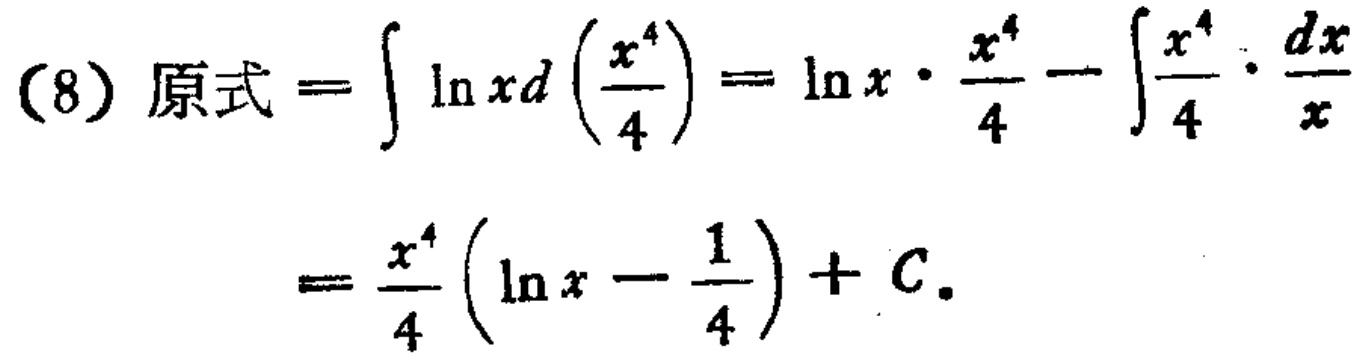
\[
\begin{align*}
(8)\ 原式&=\int\ln xd\left(\frac{x^{4}}{4}\right)=\ln x\cdot\frac{x^{4}}{4}-\int\frac{x^{4}}{4}\cdot\frac{dx}{x}\\
&=\frac{x^{4}}{4}\left(\ln x - \frac{1}{4}\right)+C.
\end{align*}
\]